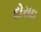
દોરાઇ